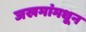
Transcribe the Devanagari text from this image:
जखमांमधून